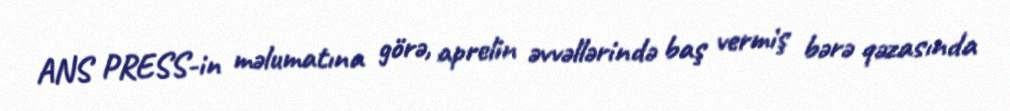
ANS PRESS-in məlumatına görə, aprelin əvvəllərində baş vermiş bərə qəzasında